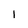
Character: l